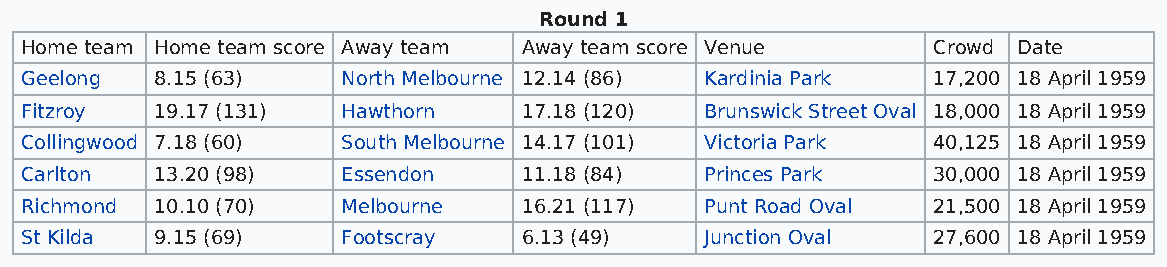
Round 1
 Home team Home team score Away team Away team score Venue    Crowd Date
 Geelong  8.15 (63)    North Melbourne 12.14 (86) Kardinia Park 17,200 18 April 1959
 Fitzroy  19.17 (131)  Hawthorn    17.18 (120) Brunswick Street Oval 18,000 18 April 1959
 Collingwood 7.18 (60) South Melbourne 14.17 (101) Victoria Park 40,125 18 April 1959
 Carlton  13.20 (98)   Essendon    11.18 (84)  Princes Park   30,000 18 April 1959
 Richmond 10.10 (70)   Melbourne   16.21 (117) Punt Road Oval 21,500 18 April 1959
 St Kilda 9.15 (69)    Footscray   6.13 (49)   Junction Oval  27,600 18 April 1959